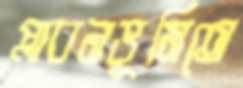
প্লাবনভূমিতে